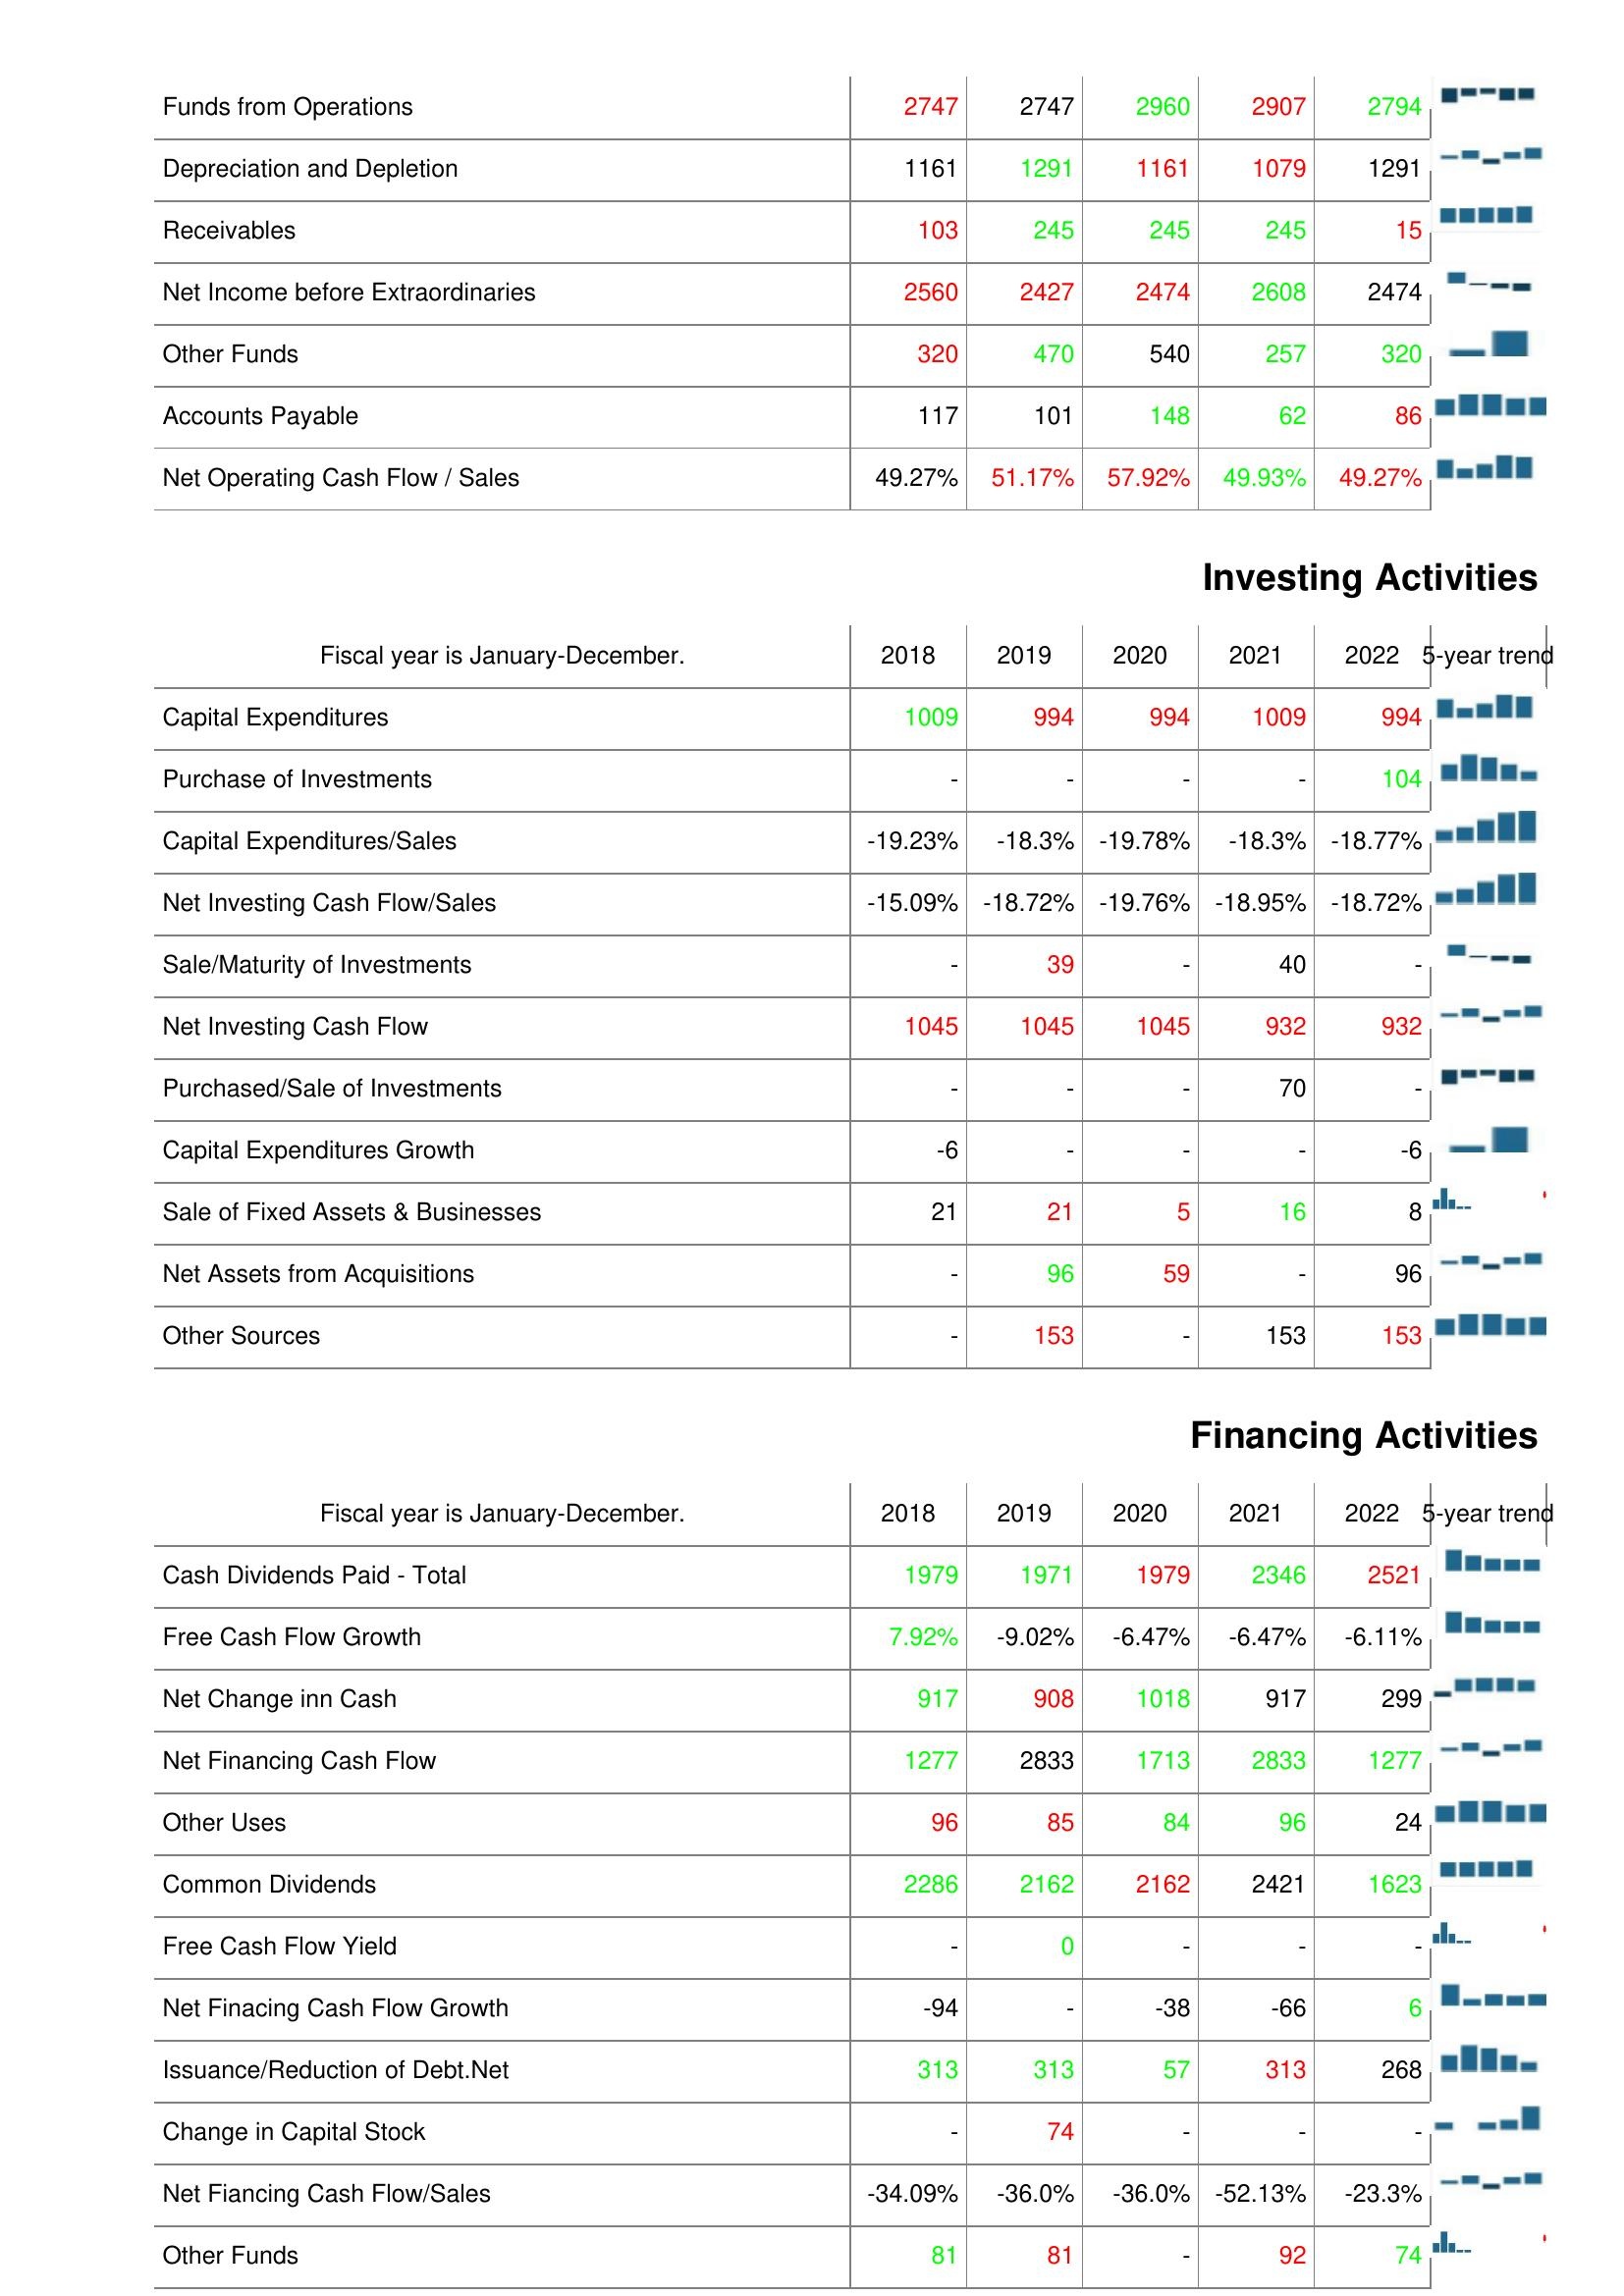
2018: Operating Activities: Funds from Operations: 2747
Depreciation and Depletion: 1161
Receivables: 103
Net Income before Extraordinaries: 2560
Other Funds: 320
Accounts Payable: 117
Net Operating Cash Flow / Sales: 49.27%
Investing Activities: Capital Expenditures: 1009
Purchase of Investments: -
Capital Expenditures/Sales: -19.23%
Net Investing Cash Flow/Sales: -15.09%
Sale/Maturity of Investments: -
Net Investing Cash Flow: 1045
Purchased/Sale of Investments: -
Capital Expenditures Growth: -6
Sale of Fixed Assets & Businesses: 21
Net Assets from Acquisitions: -
Other Sources: -
Financing Activities: Cash Dividends Paid - Total: 1979
Free Cash Flow Growth: 7.92%
Net Change inn Cash: 917
Net Financing Cash Flow: 1277
Other Uses: 96
Common Dividends: 2286
Free Cash Flow Yield: -
Net Finacing Cash Flow Growth: -94
Issuance/Reduction of Debt.Net: 313
Change in Capital Stock: -
Net Fiancing Cash Flow/Sales: -34.09%
Other Funds: 81
2019: Operating Activities: Funds from Operations: 2747
Depreciation and Depletion: 1291
Receivables: 245
Net Income before Extraordinaries: 2427
Other Funds: 470
Accounts Payable: 101
Net Operating Cash Flow / Sales: 51.17%
Investing Activities: Capital Expenditures: 994
Purchase of Investments: -
Capital Expenditures/Sales: -18.3%
Net Investing Cash Flow/Sales: -18.72%
Sale/Maturity of Investments: 39
Net Investing Cash Flow: 1045
Purchased/Sale of Investments: -
Capital Expenditures Growth: -
Sale of Fixed Assets & Businesses: 21
Net Assets from Acquisitions: 96
Other Sources: 153
Financing Activities: Cash Dividends Paid - Total: 1971
Free Cash Flow Growth: -9.02%
Net Change inn Cash: 908
Net Financing Cash Flow: 2833
Other Uses: 85
Common Dividends: 2162
Free Cash Flow Yield: 0
Net Finacing Cash Flow Growth: -
Issuance/Reduction of Debt.Net: 313
Change in Capital Stock: 74
Net Fiancing Cash Flow/Sales: -36.0%
Other Funds: 81
2020: Operating Activities: Funds from Operations: 2960
Depreciation and Depletion: 1161
Receivables: 245
Net Income before Extraordinaries: 2474
Other Funds: 540
Accounts Payable: 148
Net Operating Cash Flow / Sales: 57.92%
Investing Activities: Capital Expenditures: 994
Purchase of Investments: -
Capital Expenditures/Sales: -19.78%
Net Investing Cash Flow/Sales: -19.76%
Sale/Maturity of Investments: -
Net Investing Cash Flow: 1045
Purchased/Sale of Investments: -
Capital Expenditures Growth: -
Sale of Fixed Assets & Businesses: 5
Net Assets from Acquisitions: 59
Other Sources: -
Financing Activities: Cash Dividends Paid - Total: 1979
Free Cash Flow Growth: -6.47%
Net Change inn Cash: 1018
Net Financing Cash Flow: 1713
Other Uses: 84
Common Dividends: 2162
Free Cash Flow Yield: -
Net Finacing Cash Flow Growth: -38
Issuance/Reduction of Debt.Net: 57
Change in Capital Stock: -
Net Fiancing Cash Flow/Sales: -36.0%
Other Funds: -
2021: Operating Activities: Funds from Operations: 2907
Depreciation and Depletion: 1079
Receivables: 245
Net Income before Extraordinaries: 2608
Other Funds: 257
Accounts Payable: 62
Net Operating Cash Flow / Sales: 49.93%
Investing Activities: Capital Expenditures: 1009
Purchase of Investments: -
Capital Expenditures/Sales: -18.3%
Net Investing Cash Flow/Sales: -18.95%
Sale/Maturity of Investments: 40
Net Investing Cash Flow: 932
Purchased/Sale of Investments: 70
Capital Expenditures Growth: -
Sale of Fixed Assets & Businesses: 16
Net Assets from Acquisitions: -
Other Sources: 153
Financing Activities: Cash Dividends Paid - Total: 2346
Free Cash Flow Growth: -6.47%
Net Change inn Cash: 917
Net Financing Cash Flow: 2833
Other Uses: 96
Common Dividends: 2421
Free Cash Flow Yield: -
Net Finacing Cash Flow Growth: -66
Issuance/Reduction of Debt.Net: 313
Change in Capital Stock: -
Net Fiancing Cash Flow/Sales: -52.13%
Other Funds: 92
2022: Operating Activities: Funds from Operations: 2794
Depreciation and Depletion: 1291
Receivables: 15
Net Income before Extraordinaries: 2474
Other Funds: 320
Accounts Payable: 86
Net Operating Cash Flow / Sales: 49.27%
Investing Activities: Capital Expenditures: 994
Purchase of Investments: 104
Capital Expenditures/Sales: -18.77%
Net Investing Cash Flow/Sales: -18.72%
Sale/Maturity of Investments: -
Net Investing Cash Flow: 932
Purchased/Sale of Investments: -
Capital Expenditures Growth: -6
Sale of Fixed Assets & Businesses: 8
Net Assets from Acquisitions: 96
Other Sources: 153
Financing Activities: Cash Dividends Paid - Total: 2521
Free Cash Flow Growth: -6.11%
Net Change inn Cash: 299
Net Financing Cash Flow: 1277
Other Uses: 24
Common Dividends: 1623
Free Cash Flow Yield: -
Net Finacing Cash Flow Growth: 6
Issuance/Reduction of Debt.Net: 268
Change in Capital Stock: -
Net Fiancing Cash Flow/Sales: -23.3%
Other Funds: 74